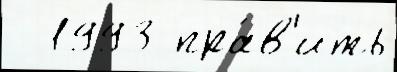
  1993 пра́в'ить